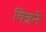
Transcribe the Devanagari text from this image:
चित्रने